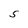
Character: S